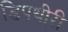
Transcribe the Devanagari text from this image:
डिपथीरी